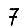
Digit: 7